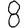
Digit: 8